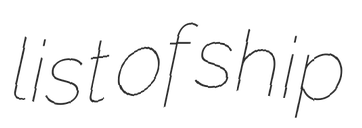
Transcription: list of ship